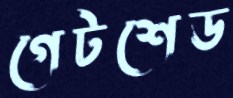
গেটশেড